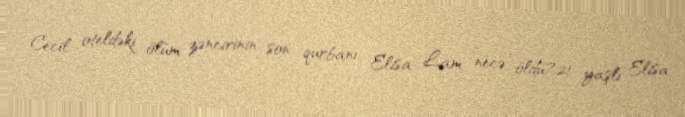
Cecil oteldəki ölüm zəncirinin son qurbanı: Elisa Lam necə öldü?21 yaşlı Elisa